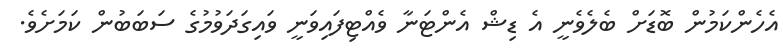
އެހެންކަމުން ބޮޑަށް ބެލެވެނީ އެ ޑިޝް އެންޓަނާ ވެއްޓިފައިވަނީ ވައިގަދަވުމުގެ ސަބަބުން ކަމަށެވެ.